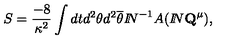
S = \frac { - 8 } { \kappa ^ { 2 } } \int d t d ^ { 2 } \theta d ^ { 2 } \overline { { \theta } } { I \! \! N } ^ { - 1 } A ( { I \! \! N } { \bf Q } ^ { \mu } ) ,